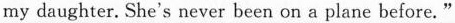
my daughter. She's never been on a plane before."